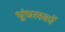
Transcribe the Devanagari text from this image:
धुंधलकों